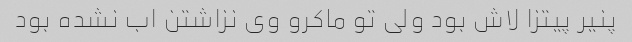
پنیر پیتزا لاش بود ولی تو ماکرو وی نزاشتن اب نشده بود